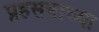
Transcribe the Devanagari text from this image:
प्रहसनाच्या